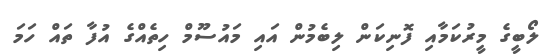
ލޯބީގެ މީރުކަމާއި ފޮނިކަން ލިބެމުން އައި މައުސޫމް ހިތެއްގެ އުފާ ތައް ހަމަ